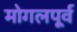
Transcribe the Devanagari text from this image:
मोगलपूर्व